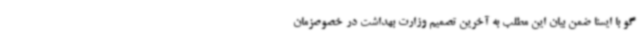
گو با ایسنا ضمن بیان این مطلب به آخرین تصمیم وزارت بهداشت در خصوصزمان